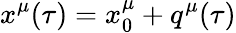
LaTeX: x^{\mu}(\tau)=x_{0}^{\mu}+q^{\mu}(\tau)